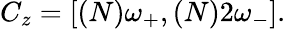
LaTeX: C_{z}=\left[(N)\omega_{+},(N)2\omega_{-}\right].